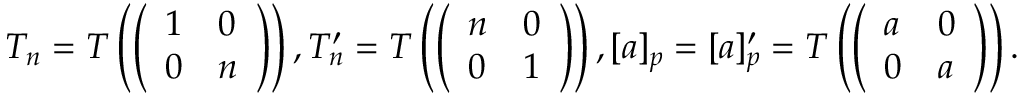
T _ { n } = T \left( \left( \begin{array} { l l } { 1 } & { 0 } \\ { 0 } & { n } \end{array} \right) \right) , T _ { n } ^ { \prime } = T \left( \left( \begin{array} { l l } { n } & { 0 } \\ { 0 } & { 1 } \end{array} \right) \right) , [ a ] _ { p } = [ a ] _ { p } ^ { \prime } = T \left( \left( \begin{array} { l l } { a } & { 0 } \\ { 0 } & { a } \end{array} \right) \right) .